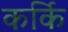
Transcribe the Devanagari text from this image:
कर्कि